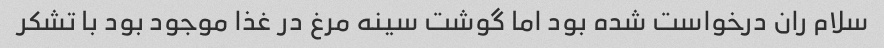
سلام ران درخواست شده بود اما گوشت سینه مرغ در غذا موجود بود با تشکر